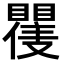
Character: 𭿪